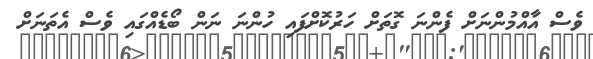
ވެސް އާއްމުންނަށް ފެންނަ ގޮތަށް ހަރުކޮށްފައި ހުންނަ ނަން ބޯޑެއްގައި ވެސް އެތަނަށް